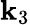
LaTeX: \textbf{k}_{3}